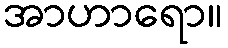
အာဟာရော။